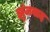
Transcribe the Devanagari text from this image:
झुंजवाद